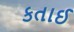
કતાઈ